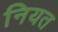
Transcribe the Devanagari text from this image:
नियत